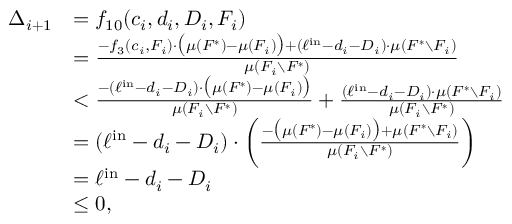
\begin{array} { r l } { \Delta _ { i + 1 } } & { = f _ { 1 0 } ( c _ { i } , d _ { i } , D _ { i } , F _ { i } ) } \\ { } & { = \frac { - f _ { 3 } ( c _ { i } , F _ { i } ) \cdot \big ( \mu ( F ^ { * } ) - \mu ( F _ { i } ) \big ) + ( \ell ^ { \mathrm { i n } } - d _ { i } - D _ { i } ) \cdot \mu ( F ^ { * } \setminus F _ { i } ) } { \mu ( F _ { i } \setminus F ^ { * } ) } } \\ { } & { < \frac { - ( \ell ^ { \mathrm { i n } } - d _ { i } - D _ { i } ) \cdot \big ( \mu ( F ^ { * } ) - \mu ( F _ { i } ) \big ) } { \mu ( F _ { i } \setminus F ^ { * } ) } + \frac { ( \ell ^ { \mathrm { i n } } - d _ { i } - D _ { i } ) \cdot \mu ( F ^ { * } \setminus F _ { i } ) } { \mu ( F _ { i } \setminus F ^ { * } ) } } \\ { } & { = ( \ell ^ { \mathrm { i n } } - d _ { i } - D _ { i } ) \cdot \left( \frac { - \big ( \mu ( F ^ { * } ) - \mu ( F _ { i } ) \big ) + \mu ( F ^ { * } \setminus F _ { i } ) } { \mu ( F _ { i } \setminus F ^ { * } ) } \right) } \\ { } & { = \ell ^ { \mathrm { i n } } - d _ { i } - D _ { i } } \\ { } & { \le 0 , } \end{array}